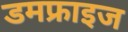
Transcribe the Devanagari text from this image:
डमफ्राइज